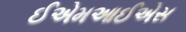
ઈએમઆઈએસ